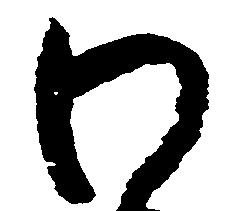
わ